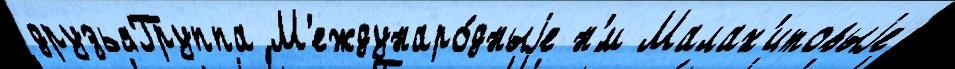
друзьяГруппа М'еждунаро́дныjе н'́м Малах'итовыjе